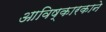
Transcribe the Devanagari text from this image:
आविष्कारकाने